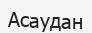
Асаудан